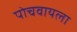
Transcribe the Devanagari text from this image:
पोचवायला